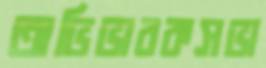
অভিভাবকসভা